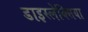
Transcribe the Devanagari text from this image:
डाइस्लेक्सिया